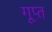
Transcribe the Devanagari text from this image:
गूप्त